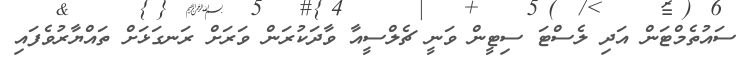
ސައުތެމްޓަން އަދި ލެސްޓަ ސިޓީން ވަނީ ޗެލްސީއާ ވާދަކުރަން ވަރަށް ރަނގަޅަށް ތައްޔާރުވެފައި